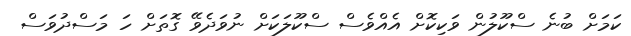
ކަމަށް ބުނެ ސްކޫލުން ވަކިކޮށް އެއްވެސް ސްކޫލަކަށް ނުވަދެވޭ ގޮތަށް ހަ މަސްދުވަސް